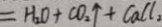
= H _ { 2 } O + C O _ { 2 } \uparrow + C a C l _ { 2 }